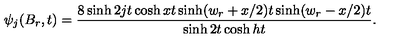
\psi _ { j } ( B _ { r } , t ) = \frac { 8 \sinh 2 j t \cosh x t \sinh ( w _ { r } + x / 2 ) t \sinh ( w _ { r } - x / 2 ) t } { \sinh 2 t \cosh h t } .